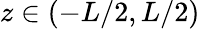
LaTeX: z\in(-L/2,L/2)